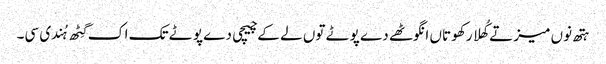
ہتھ نوں میز تے کُھلا رکھو تاں انگوٹھے دے پوٹے توں لے کے چیچی دے پوٹے تک اک گِٹھ ہُندی سی۔